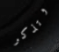
وتذكر